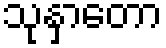
သုနှာတော